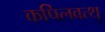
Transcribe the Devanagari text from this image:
कपिलवत्थु